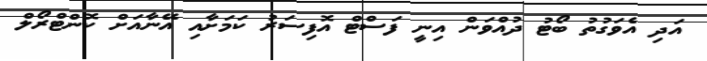
އަދި އެވަގުތު ބޯޓު ދުއްވަން އިނީ ފަސްޓް އޮފިސަރު ކަމަށާއި އޭނާއަށް ކޮންޓްރޯލް